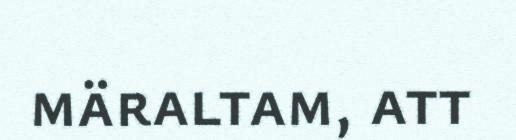
märaltam, att